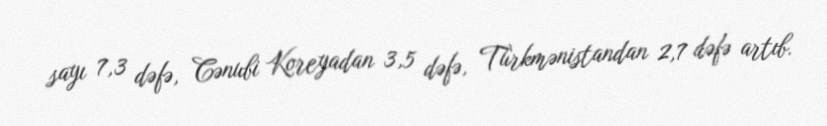
sayı 7,3 dəfə, Cənubi Koreyadan 3,5 dəfə, Türkmənistandan 2,7 dəfə artıb.